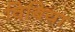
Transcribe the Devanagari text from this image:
विबिया